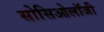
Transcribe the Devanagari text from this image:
सोसिओलॉजी